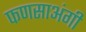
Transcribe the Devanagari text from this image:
फणसाअंगी